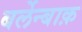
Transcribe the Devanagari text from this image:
बर्लेन्बाक़